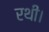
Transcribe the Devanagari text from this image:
रथी।